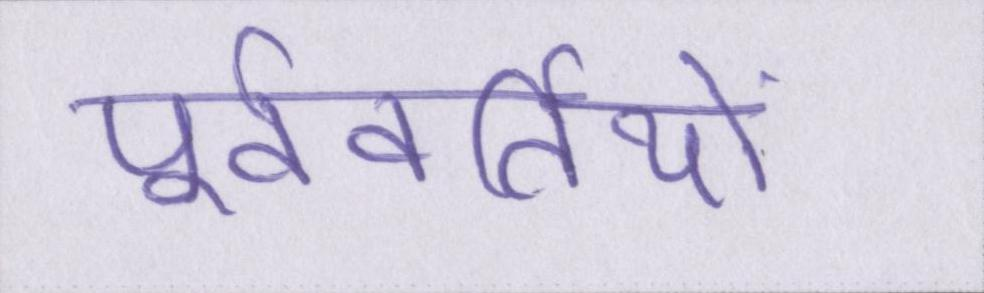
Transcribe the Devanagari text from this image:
पूर्ववर्तियों